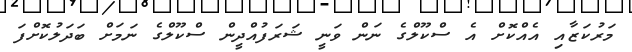
މަރުކަޒާއި އެއްކޮށް އެ ސްކޫލްގެ ނަން ވަނީ ޝަރަފުއްދީން ސްކޫލްގެ ނަމަށް ބަދަލުކޮށްފަ